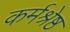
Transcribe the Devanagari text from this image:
कर्मश्रेष्ठ